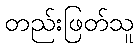
တည်းဖြတ်သူ